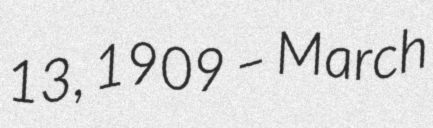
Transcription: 13, 1909 – March